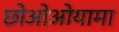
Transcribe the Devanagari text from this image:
छोओओयामा